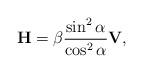
LaTeX: \begin{align*} \textbf{H}=\beta\frac{\sin^2\alpha}{\cos^2\alpha}\textbf{V},\end{align*}